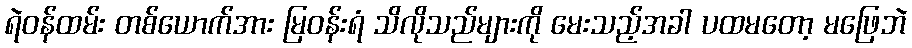
ရဲဝန်ထမ်း တစ်ယောက်အား မြဝန်းရံ သိလိုသည်များကို မေးသည့်အခါ ပထမတော့ မဖြေဘဲ